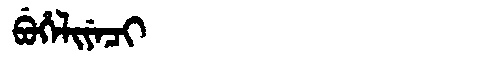
Manchu: ᠪᡠᡥᡝᠯᡳᠶᡝᠴᡳ
Romanization: BUHELIYECI